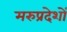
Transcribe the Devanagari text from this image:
मरुप्रदेशों